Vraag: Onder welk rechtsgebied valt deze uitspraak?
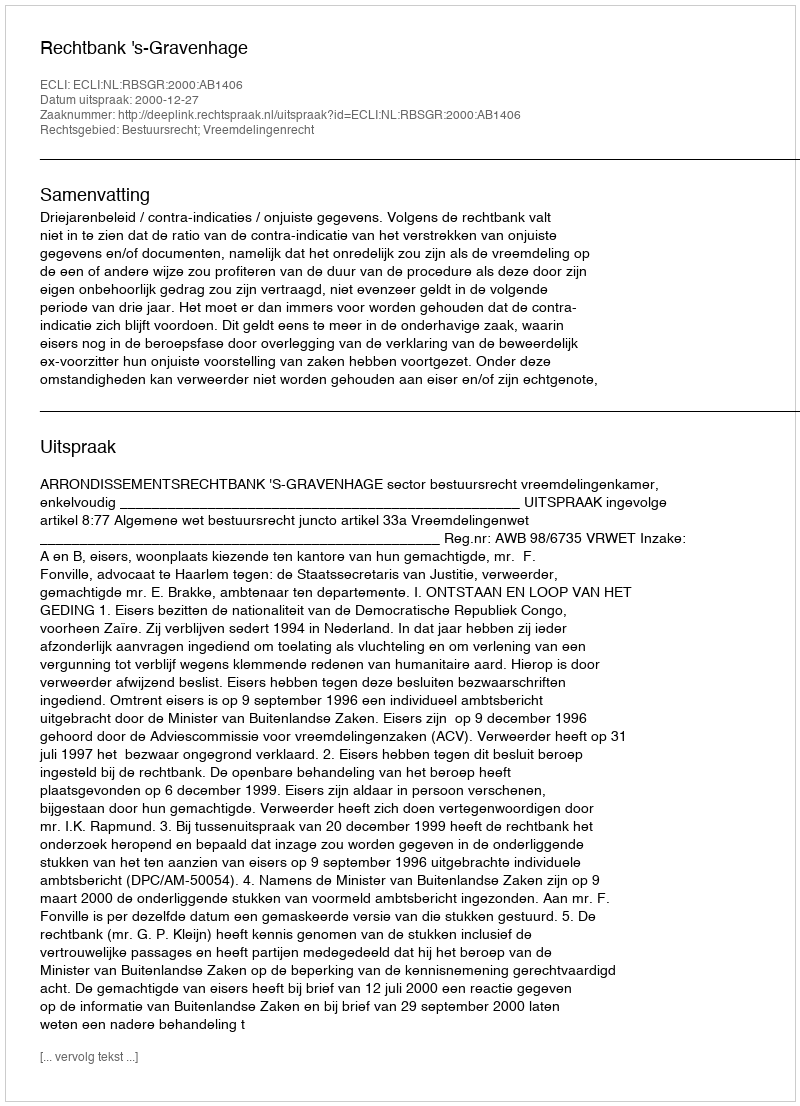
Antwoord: Bestuursrecht; Vreemdelingenrecht